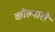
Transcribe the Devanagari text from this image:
कोल्यारी